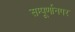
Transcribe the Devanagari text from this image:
सम्पूर्णानगर